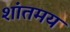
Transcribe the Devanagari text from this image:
शांतमय